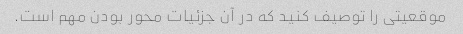
موقعیتی را توصیف کنید که در آن جزئیات محور بودن مهم است.